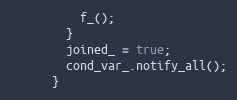
Language: C
          f_();
        }
        joined_ = true;
        cond_var_.notify_all();
      }